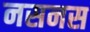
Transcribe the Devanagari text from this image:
नसनस